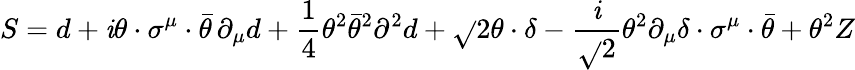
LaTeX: S=d+\mathit{i}\theta\cdot\sigma^{\mu}\cdot\bar{{\theta}}\, \partial_{\mu}d+\frac{{1}}{{4}}\theta^{2}\bar{{\theta}}^{2}\partial^{2}d+\sqrt{}{{2}}\theta\cdot\delta-\frac{{\mathit{i}}}{{\sqrt{}{{2}}}}\theta^{2}\partial_{\mu}\delta\cdot\sigma^{\mu}\cdot\bar{{\theta}}+\theta^{2}Z